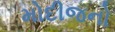
મોદીજનો